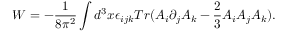
W = - \frac { 1 } { 8 \pi ^ { 2 } } \int d ^ { 3 } x \epsilon _ { i j k } T r ( A _ { i } \partial _ { j } A _ { k } - \frac { 2 } { 3 } A _ { i } A _ { j } A _ { k } ) .